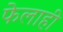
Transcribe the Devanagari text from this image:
फेलाही